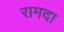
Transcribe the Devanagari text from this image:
रामदा